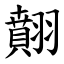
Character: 翸